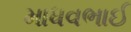
માધવભાઈ